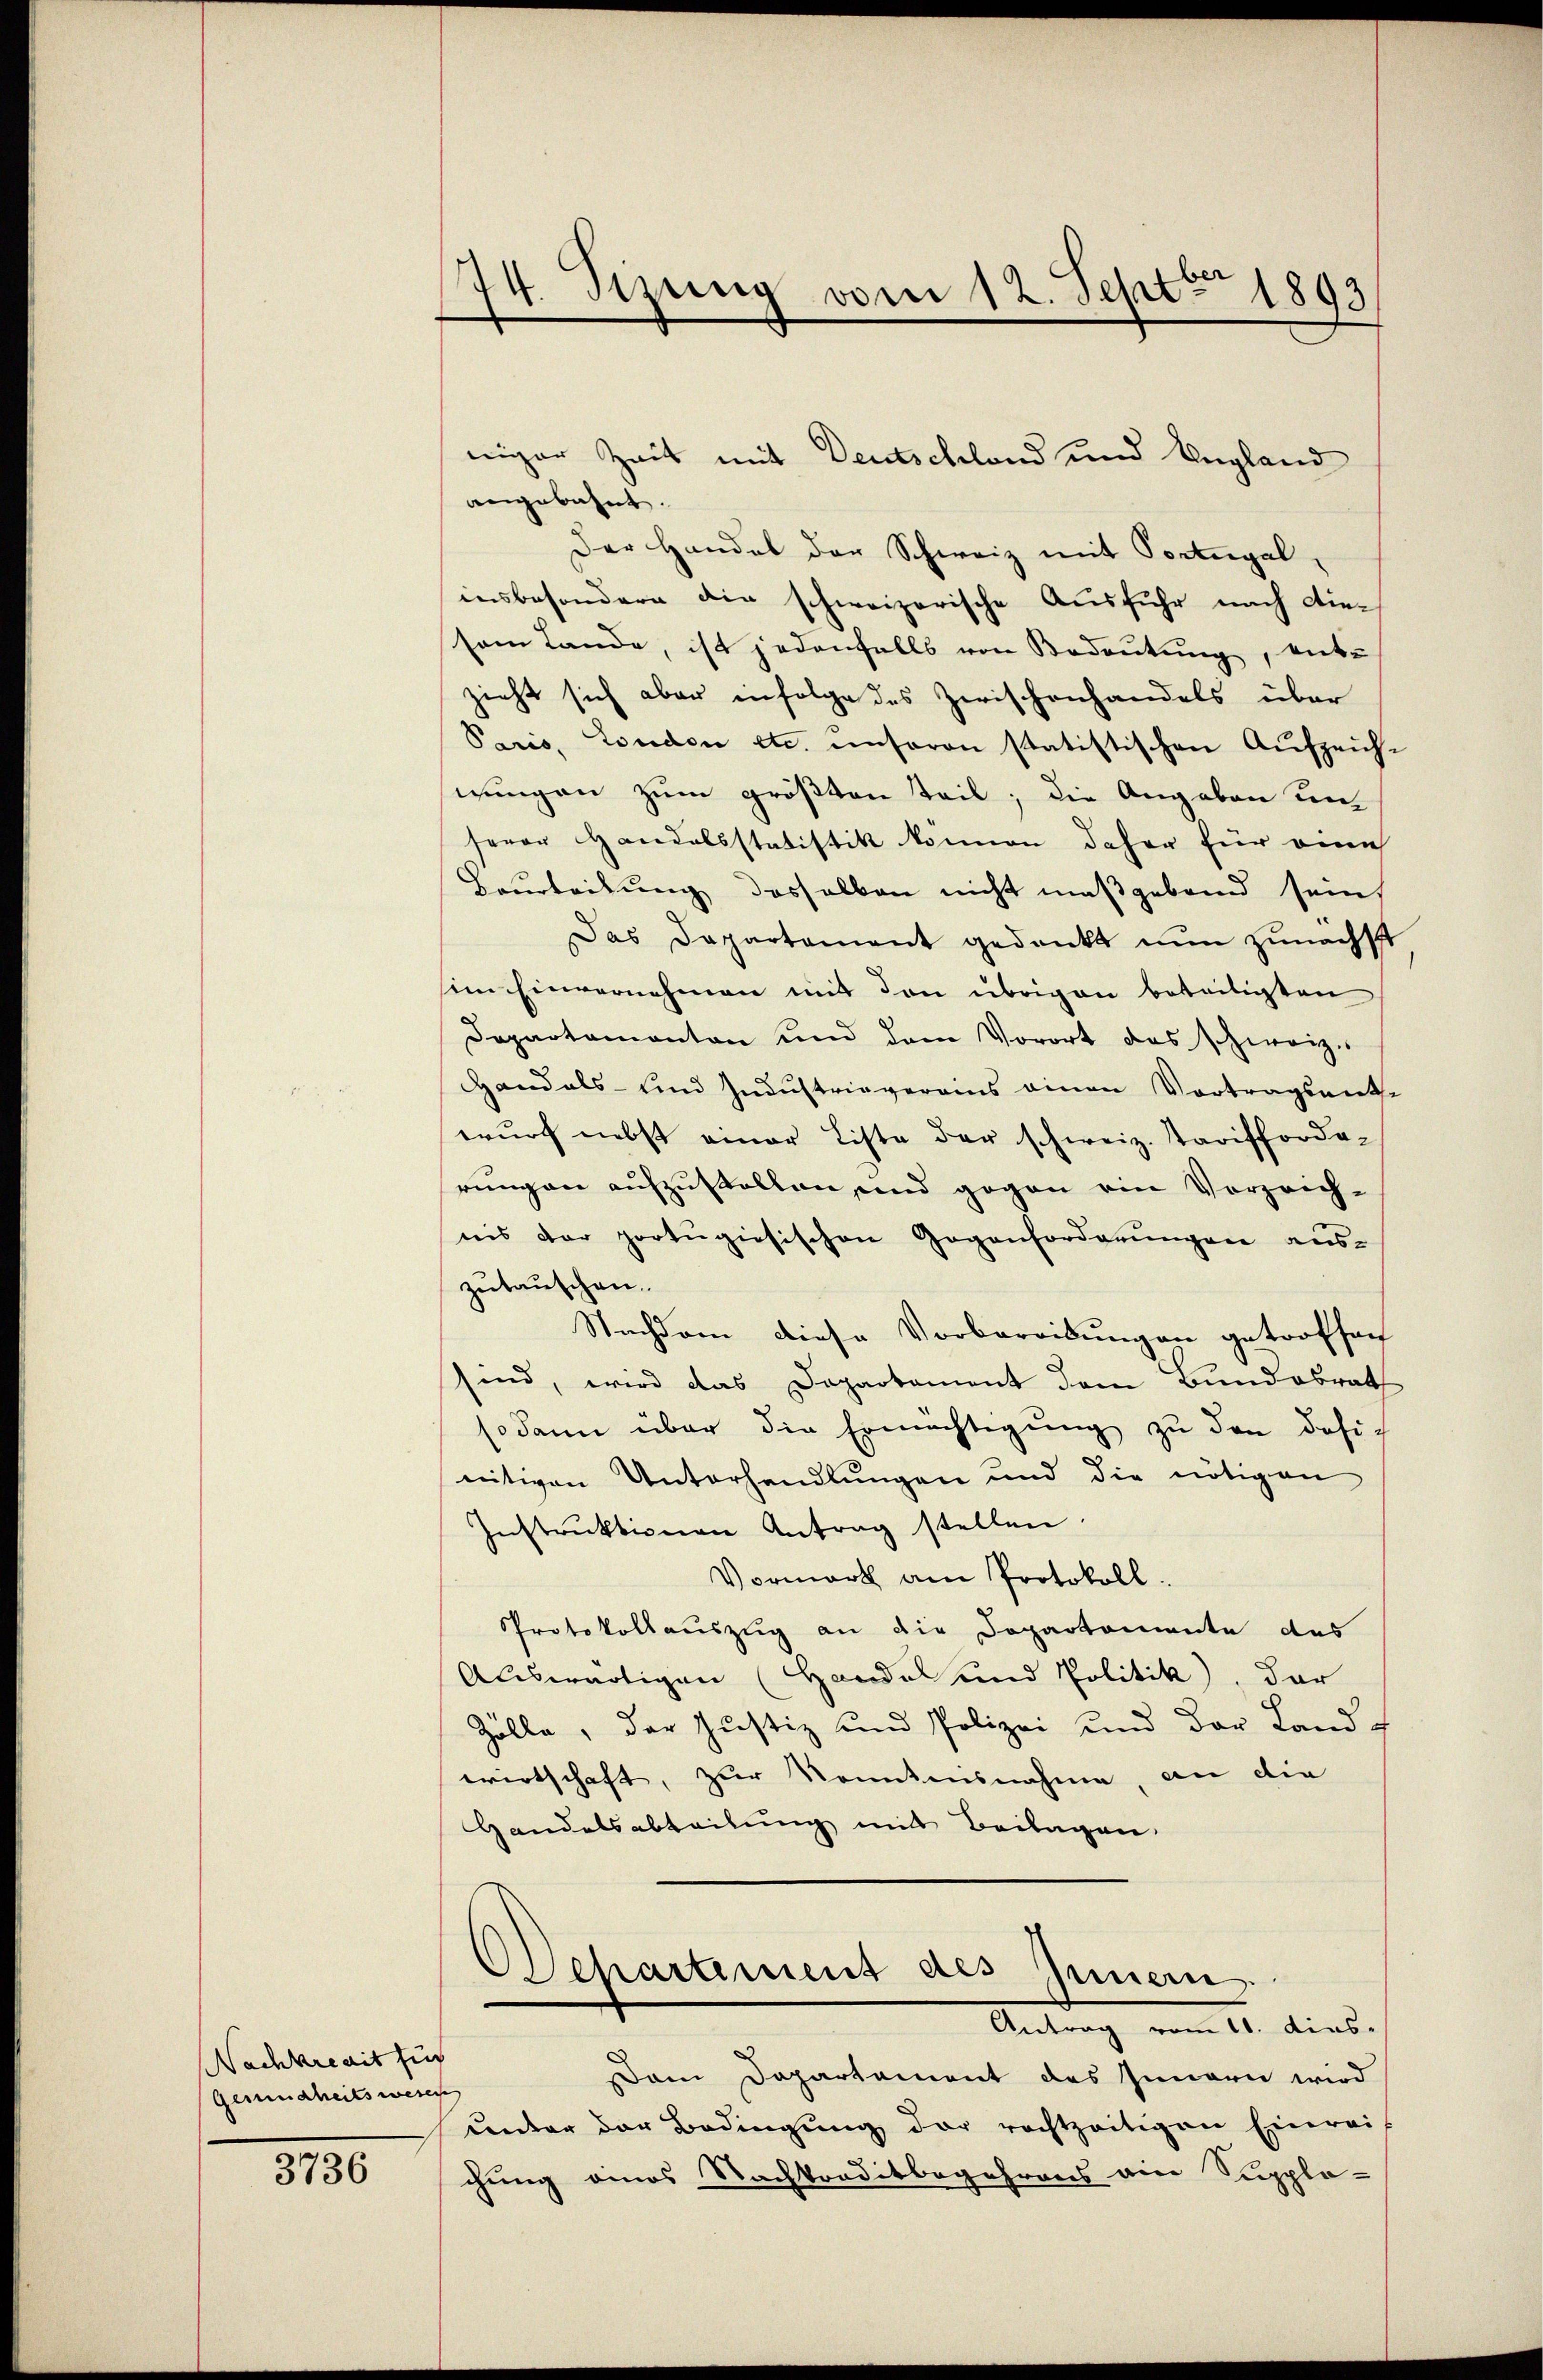
Nachkredit für
Gesundheitswesen

3736

74. Sizung vom 12. Sept. 1893

niger Zeit mit Deutschland und Ungland
angebahnt.
Der Handel der Schweiz mit Portugal
insbesondere die schweizerische Ausfuhr nach diesom Lande, ist jedenfalls von Bedeutung, entzieht sich aber infolge des Zerischenhandels über
Paris, London etc. unseren statistischen Aufzeich-
wungen zum größten Teil, die Angaben unserer Handelsstatistik kommen daher für eine
Beurteilung desselben nicht maßgeben sein
Das Dapartement gedankt nun zunächst
sim Einvernehmen mit den übrigen beseitigten
Departamanten und dem Vorort das schweiz.
Handels- und Industrievereins einen Vortragsante
wurf nebst einer Liste der schweiz. Tarifforderungen aufzustellen und gegen ein Vorzeichnis der portugisischen Gegenforderungen auszutauschen.
Nachdem diese Vorbereibungen getroffen
sind, wird das Departement dem Bundesrath
sodann über die Ermächtigung zu den dasig
nitiven Unterhandlungen und die nötigen
Instrŭktionen Antrag stellen.
Vormark am Protokoll.
Protokollauszug an die Departemente des
Auswärtigen (Hande und Politik, der
Zölle, der Justiz und Polizei und der Land f
wirtschaft, zur Kenntnisnahme, an die
Handelsabteilung mit Beilagen.
Departement des Innern.
Antrag vom 11. dies
am Departament des Innern wird
ŭnter der Bedingŭng der rechtzeitigen Einrei
chung eines Nachtraditbegehrens ein Supplo-